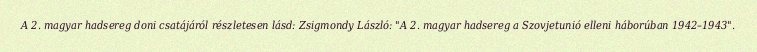
A 2. magyar hadsereg doni csatájáról részletesen lásd: Zsigmondy László: "A 2. magyar hadsereg a Szovjetunió elleni háborúban 1942–1943".